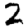
Digit: 2